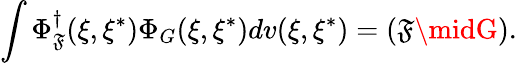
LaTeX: \int\Phi_{\mathfrak{F}}^{\dagger}(\xi,\xi^{*})\Phi_{G}(\xi,\xi^{*})dv(\xi,\xi^{*})=\left(\mathfrak{F}\midG\right).